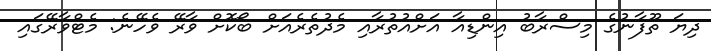
ދިޔަ ތޫފާނުގެ މިސްރާބު އިންޑިއާ އަށްއުތުރާއި މެދުތެރެއަށް ބޯކޮށް ވާރޭ ވެހޭނެ: މެޓްވާރޭގައި